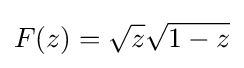
F(z)={\sqrt {z}}{\sqrt {1-z}}